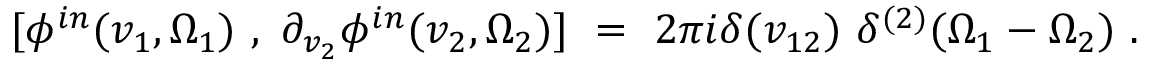
[ \phi ^ { i n } ( v _ { 1 } , \Omega _ { 1 } ) ~ , ~ \partial _ { v _ { 2 } } \phi ^ { i n } ( v _ { 2 } , \Omega _ { 2 } ) ] ~ = ~ 2 \pi i \delta ( v _ { 1 2 } ) ~ \delta ^ { ( 2 ) } ( \Omega _ { 1 } - \Omega _ { 2 } ) ~ .